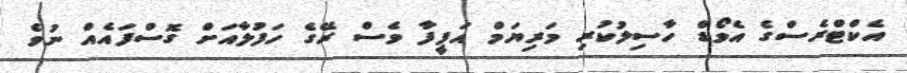
އެކްޓްރެސްގެ އެވޯޑް ހާސިލުކުރި މަރިޔަމް އަފީފާ ވެސް ރޭގެ ހަފުލާއަށް ގޮސްފައެއް ނުވެ